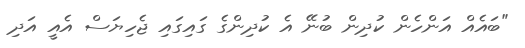
"ބައެއް އަންހެން ކުދިން ބުނޭ އެ ކުދިންގެ ގައިގައި ޖެހިޔަސް އެއީ އަދި